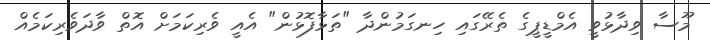
މޫސާ ވިދާޅުވީ އެމްޑީޕީގެ ތެރޭގައި ހިނގަމުންދާ "ތަޅާފޮޅުން" އެއީ ވެރިކަމަށް އޮތް ވާދަވެރިކަމެއް